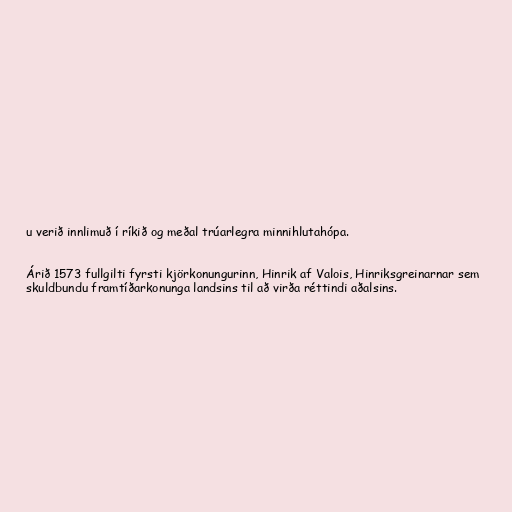
u verið innlimuð í ríkið og meðal trúarlegra minnihlutahópa.

Árið 1573 fullgilti fyrsti kjörkonungurinn, Hinrik af Valois, Hinriksgreinarnar sem
skuldbundu framtíðarkonunga landsins til að virða réttindi aðalsins.